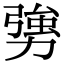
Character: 勥